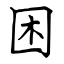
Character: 困